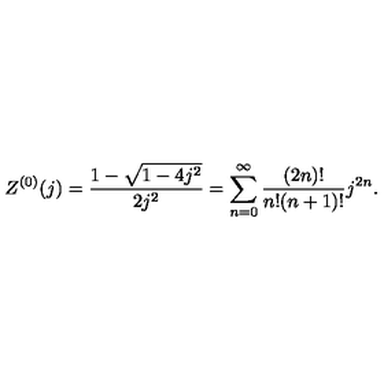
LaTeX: Z ^ { ( 0 ) } ( j ) = \frac { 1 - \sqrt { 1 - 4 j ^ { 2 } } } { 2 j ^ { 2 } } = \sum _ { n = 0 } ^ { \infty } \frac { ( 2 n ) ! } { n ! ( n + 1 ) ! } j ^ { 2 n } .